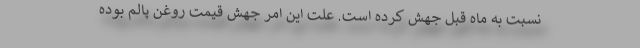
نسبت به ماه قبل جهش کرده است. علت این امر جهش قیمت روغن پالم بوده